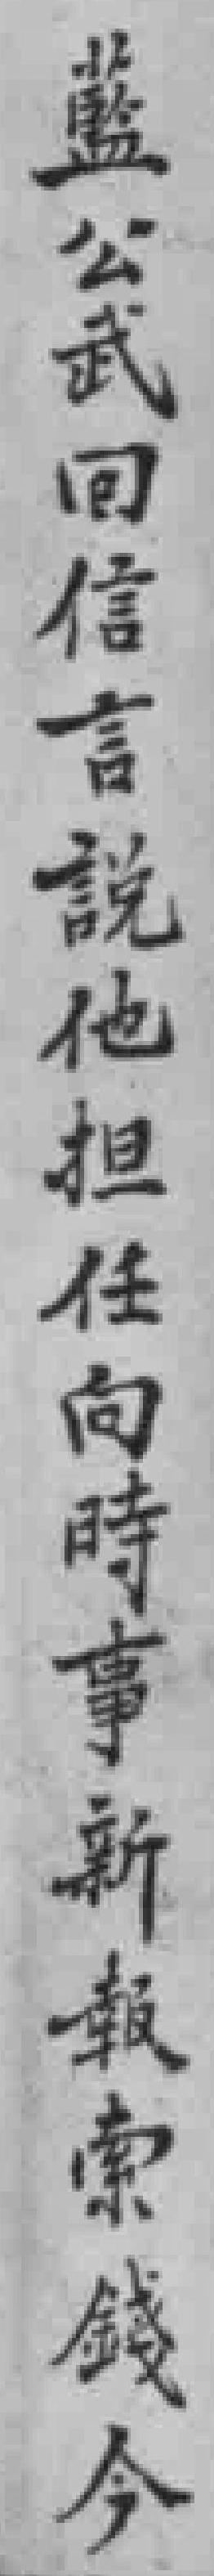
藍公武回信言說他担任向時事新報索錢今